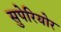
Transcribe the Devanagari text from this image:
सुपेरियोर